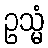
ဥသ္မံ